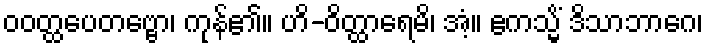
ဝဝတ္ထပေတဗ္ဗော၊ ကုန်၏။ ဟိ-ဝိတ္ထာရေမိ၊ အံ့။ ဧကသ္မိံ ဒိသာဘာဂေ၊